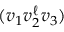
( v _ { 1 } v _ { 2 } ^ { \ell } v _ { 3 } )